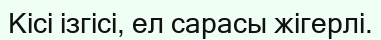
Кісі ізгісі, ел сарасы жігерлі.